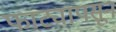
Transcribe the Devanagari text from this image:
फाट्यापसून